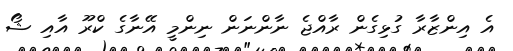
އެ އިންޒާރާ ގުޅިގެން ރާއްޖެ ނާންނަން ނިންމީ އޭނާގެ ކްރޫ އާއި ޝޯ